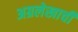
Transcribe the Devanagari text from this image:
अग्रलेखाची